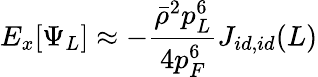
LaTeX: E_{x}[\Psi_{L}]\approx-\frac{\bar{\rho}^{2}p_{L}^{6}}{4p_{F}^{6}}J_{id,id}(L)